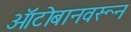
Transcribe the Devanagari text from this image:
ऑटोबानवरून